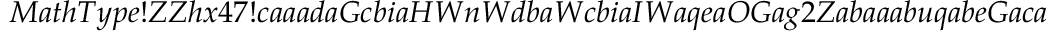
M a t h T y p e ! Z Z h x 4 7 ! c a a a d a G c b i a H W n W d b a W c b i a I W a q e a O G a g 2 Z a b a a a b u q a b e G a c a a a b i